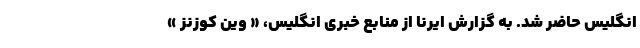
انگلیس حاضر شد. به گزارش ایرنا از منابع خبری انگلیس، « وین کوزنز »